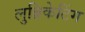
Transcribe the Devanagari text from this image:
लुब्रिकेटिंग